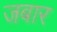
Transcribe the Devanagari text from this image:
जबार